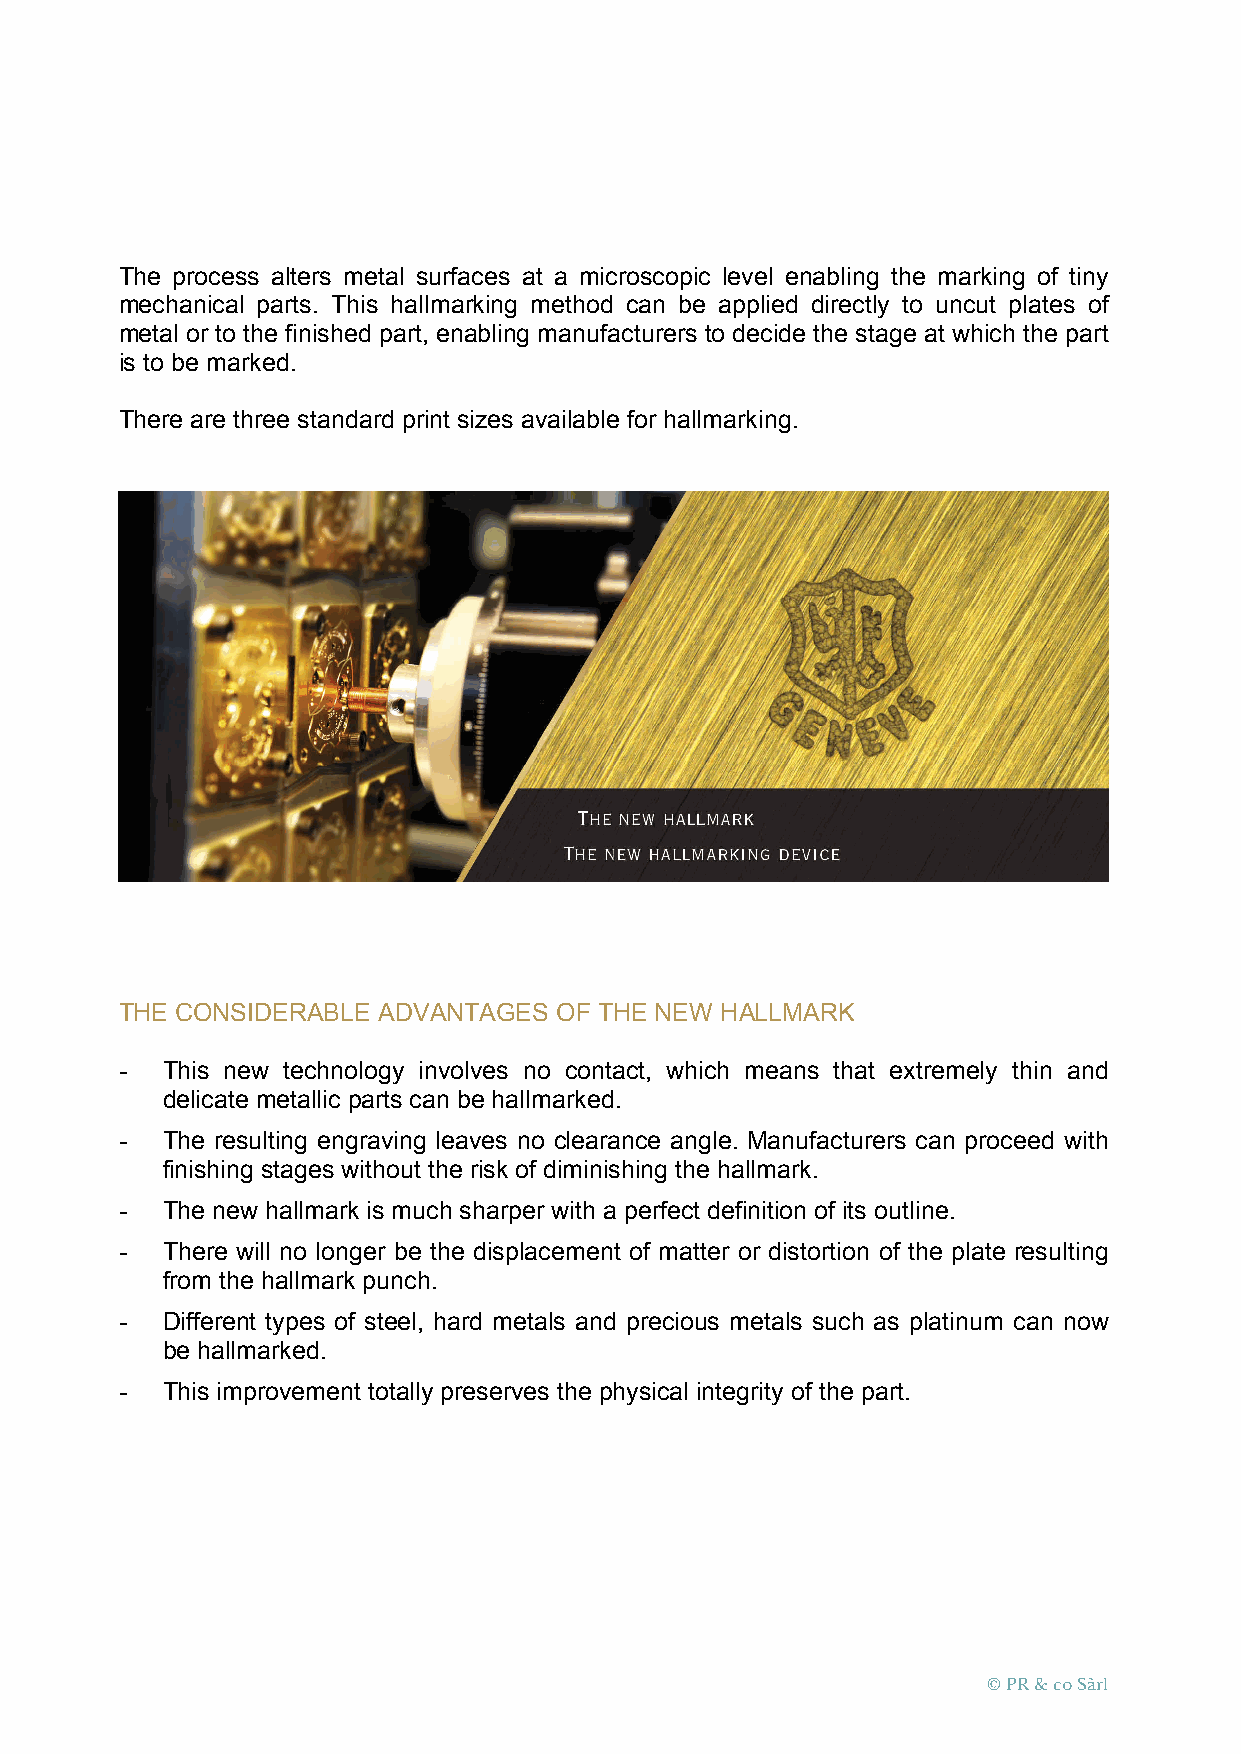
The process alters metal surfaces at a microscopic level enabling the marking of tiny
 mechanical parts. This hallmarking method can be applied directly to uncut plates of
 metal or to the finished part, enabling manufacturers to decide the stage at which the part
 is to be marked.
 There are three standard print sizes available for hallmarking.
 THE CONSIDERABLE ADVANTAGES  OF THE NEW HALLMARK
 -  This new technology involves no contact, which means that extremely thin and
 delicate metallic parts can be hallmarked.
 -  The resulting engraving leaves no clearance angle. Manufacturers can proceed with
 finishing stages without the risk of diminishing the hallmark.
 -  The new hallmark is much sharper with a perfect definition of its outline.
 -  There will no longer be the displacement of matter or distortion of the plate resulting
 from the hallmark punch.
 -  Different types of steel, hard metals and precious metals such as platinum can now
 be hallmarked.
 -  This improvement totally preserves the physical integrity of the part.
 © PR & co Sàrl